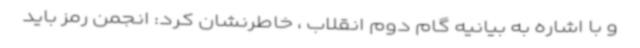
و با اشاره به بیانیه گام دوم انقلاب ، خاطرنشان کرد: انجمن رمز باید